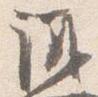
議